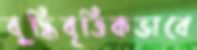
বুদ্ধিবৃত্তিকভাবে